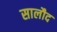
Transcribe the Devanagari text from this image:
सालौद